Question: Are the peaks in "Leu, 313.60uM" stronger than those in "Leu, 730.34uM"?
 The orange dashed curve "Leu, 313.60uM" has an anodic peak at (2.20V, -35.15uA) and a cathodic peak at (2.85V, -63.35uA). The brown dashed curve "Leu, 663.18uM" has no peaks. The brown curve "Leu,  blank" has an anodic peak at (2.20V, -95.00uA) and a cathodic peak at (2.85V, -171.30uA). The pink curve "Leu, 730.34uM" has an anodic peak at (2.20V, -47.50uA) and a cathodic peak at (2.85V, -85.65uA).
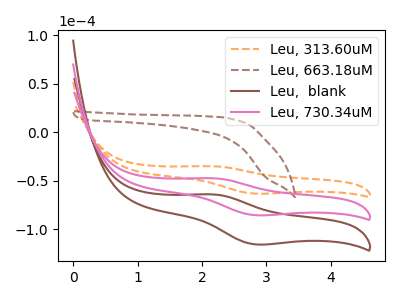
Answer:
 <answer>The peaks in "Leu, 313.60uM" are neither all higher or all lower than the peaks in "Leu, 730.34uM".</answer>
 <eval>mixed</eval>